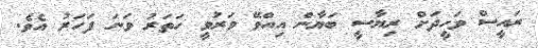
ރައީސް ވަހީދަށް ރިޔާސީ ބަޔާން އިއްވޭ ވަރުވީ ހަތަރު ވަނަ ފަހަރު އެވެ.